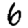
Digit: 6